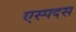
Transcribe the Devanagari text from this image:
एस्पदस